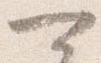
可